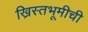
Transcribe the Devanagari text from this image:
ख्रिस्तभूमीची